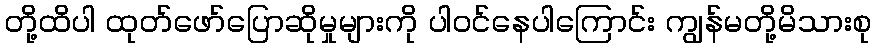
တို့ထိပါ ထုတ်ဖော်ပြောဆိုမှုများကို ပါဝင်နေပါကြောင်း ကျွန်မတို့မိသားစု